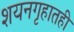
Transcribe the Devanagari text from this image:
शयनगृहातही